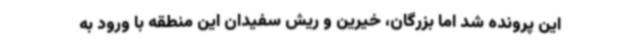
این پرونده شد اما بزرگان، خیرین و ریش سفیدان این منطقه با ورود به